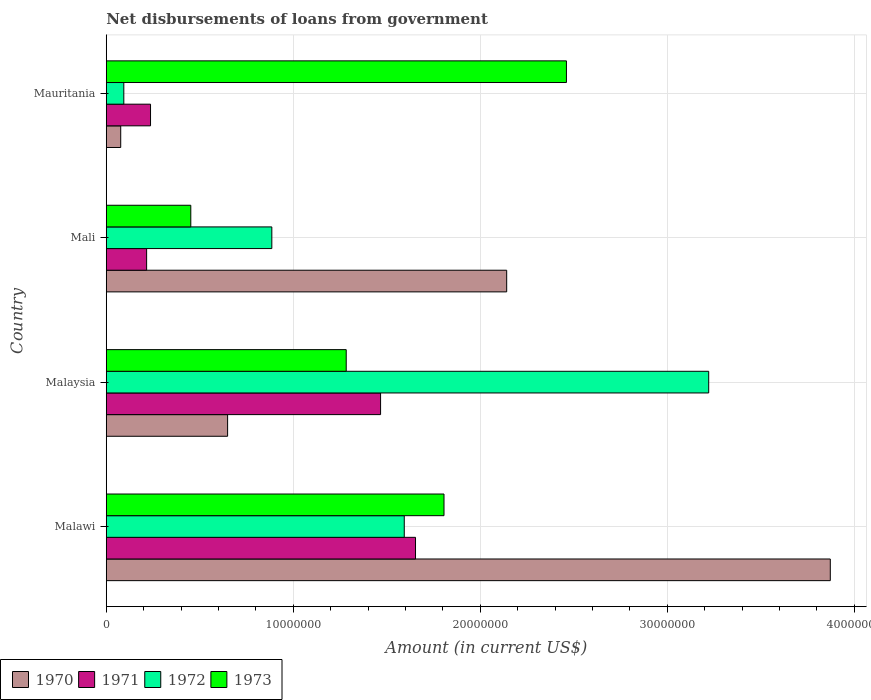
| Country | 1970 | 1971 | 1972 | 1973 |
 | --- | --- | --- | --- | --- |
 | Malawi | 3.87e+07 | 1.65e+07 | 1.59e+07 | 1.81e+07 |
 | Malaysia | 6.49e+06 | 1.47e+07 | 3.22e+07 | 1.28e+07 |
 | Mali | 2.14e+07 | 2.16e+06 | 8.85e+06 | 4.52e+06 |
 | Mauritania | 7.74e+05 | 2.37e+06 | 9.39e+05 | 2.46e+07 |